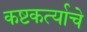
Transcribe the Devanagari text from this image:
कष्टकर्त्याचे